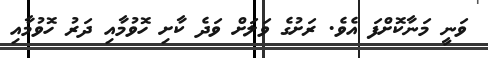
ވަނީ މަނާކޮށްފަ އެވެ. ރަށުގެ ވަލަށް ވަދެ ކާށި ހޮވުމާއި ދަރު ހޮވުމާއި